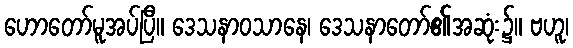
ဟောတော်မူအပ်ပြီ။ ဒေသနာဝသာနေ၊ ဒေသနာတော်၏အဆုံး၌။ ဗဟူ၊